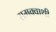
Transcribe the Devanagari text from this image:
समक्वाथी